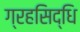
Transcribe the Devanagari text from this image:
ग्रहसिद्धि